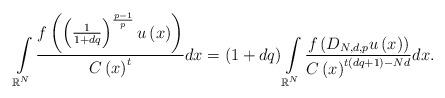
LaTeX: \begin{align*}\int\limits_{\mathbb{R}^{N}}\frac{f\left( \left( \frac{1}{1+dq}\right) ^{\frac{p-1}{p}}u\left(x\right) \right) }{C\left( x\right) ^{t}}dx=\left( 1+dq\right)\int\limits_{\mathbb{R}^{N}}\frac{f\left( D_{N,d,p}u\left( x\right) \right) }{C\left( x\right)^{t\left( dq+1\right) -Nd}}dx.\end{align*}